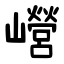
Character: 巆